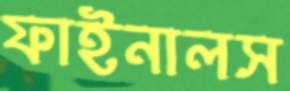
ফাইনালস